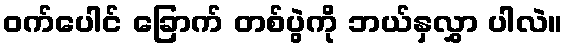
ဝက်ပေါင် ခြောက် တစ်ပွဲကို ဘယ်နှလွှာ ပါလဲ။